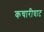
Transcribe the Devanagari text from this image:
कचारीघाट